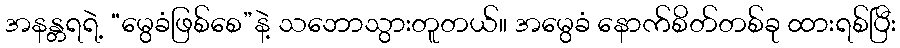
အနန္တရရဲ့ “မွေခံဖြစ်စေ”နဲ့ သဘောသွားတူတယ်။ အမွေခံ နောက်စိတ်တစ်ခု ထားရစ်ပြီး